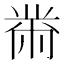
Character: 黹